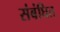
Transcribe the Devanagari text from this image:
संबंघित